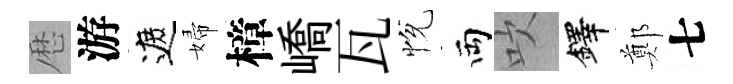
厯游遮婦樟嶠瓦恱両吹鐸鄭七